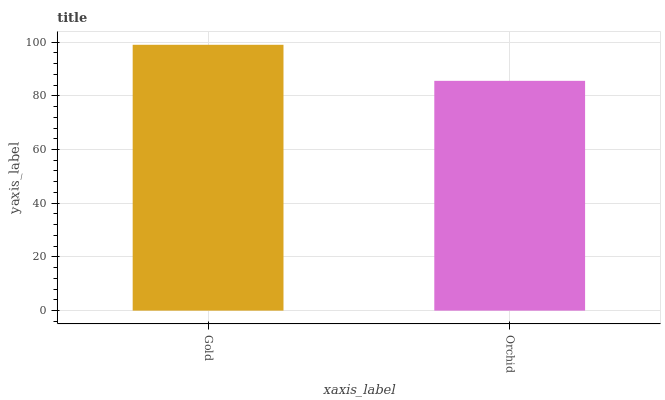
| xaxis_label | bars |
 | --- | --- |
 | Gold | 99 |
 | Orchid | 85.6 |